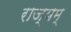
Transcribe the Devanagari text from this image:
राज्यम्